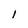
Character: 1